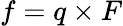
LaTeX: f=q\times F